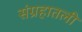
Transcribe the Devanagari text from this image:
संग्रहातली